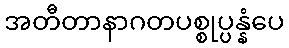
အတီတာနာဂတပစ္စုပ္ပန္နံပေ